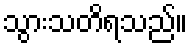
သွားသတိရသည်။